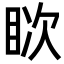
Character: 𪾪